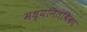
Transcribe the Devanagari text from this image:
मध्यनितंबिका